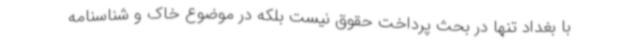
با بغداد تنها در بحث پرداخت حقوق نیست بلکه در موضوع خاک و شناسنامه